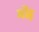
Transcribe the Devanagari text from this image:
मोंड़